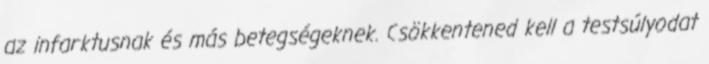
az infarktusnak és más betegségeknek. Csökkentened kell a testsúlyodat